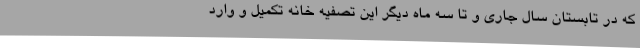
که در تابستان سال جاری و تا سه ماه دیگر این تصفیه خانه تکمیل و وارد